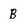
Character: B